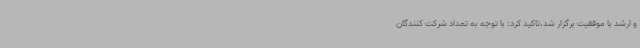
و ارشد با موفقیت برگزار شد،تاکید کرد: با توجه به تعداد شرکت کنندگان